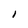
Character: 1